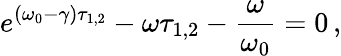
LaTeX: e^{(\omega_{0}-\gamma)\tau_{1,2}}-\omega\tau_{1,2}-\frac{\omega}{\omega_{0}}=0\, ,